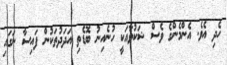
ހެދި އެވެ. އެންމެންގެ ވެސް ޝަކުވާއަކީ ހުނެއިނު ބޮޑެތި އަދަދުތަކުން ފައިސާ ނަގައި